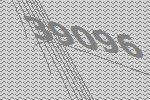
39096